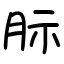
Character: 䏡